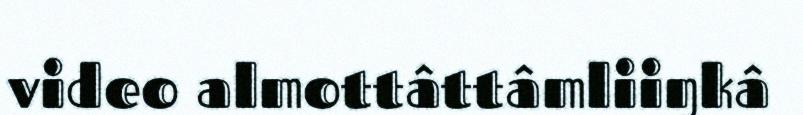
video almottâttâmliiŋkâ